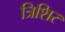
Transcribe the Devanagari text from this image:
त्रिशिर